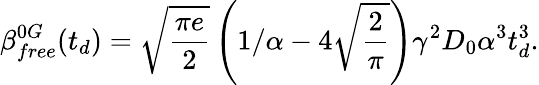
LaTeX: \beta_{free}^{0G}(t_{d})=\sqrt{\frac{\pi e}{2}}\left(1/\alpha-4\sqrt{\frac{2}{\pi}}\right)\gamma^{2}D_{0}\alpha^{3}t_{d}^{3}.